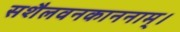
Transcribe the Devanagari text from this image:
सशैलवनकाननाम्।